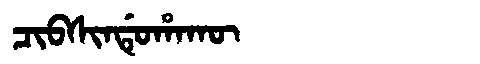
Manchu: ᠴᡳᠪᠰᡳᠨᡩᡠᡥᠠᡴᡡ
Romanization: CIBSINDUHAKŪ